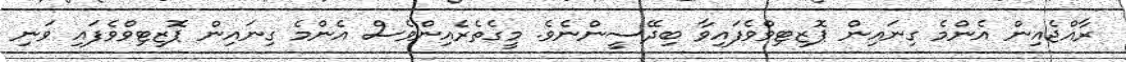
ރާއްޖެއިން އެންމެ ގިނައިން ޕޮޒިޓިވްވެފައިވާ ބިދޭސީންނެވެ. މީގެތެރެއިންވެސް އެންމެ ގިނައިން ޕޮޒިޓިވްވެފައި ވަނި